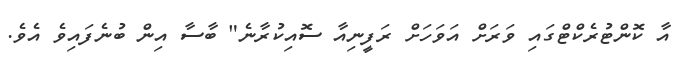
އާ ކޮންޓުރެކްޓްގައި ވަރަށް އަވަހަށް ރަފީނިއާ ސޮއިކުރާނެ" ބާސާ އިން ބުނެފައިވެ އެވެ.